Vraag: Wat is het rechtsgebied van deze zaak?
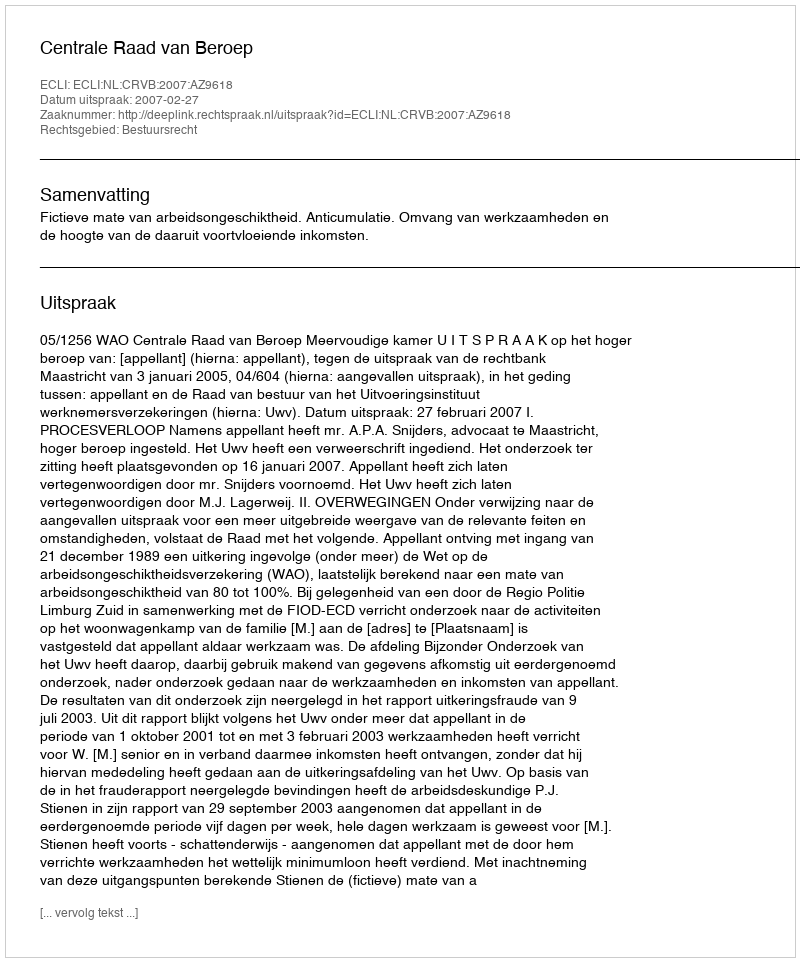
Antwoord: Bestuursrecht